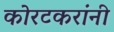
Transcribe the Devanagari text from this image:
कोरटकरांनी